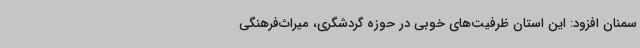
سمنان افزود: این استان ظرفیت‌های خوبی در حوزه گردشگری، میراث‌فرهنگی